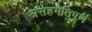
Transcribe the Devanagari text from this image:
असहमतिपूर्ण